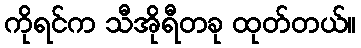
ကိုရင်က သီအိုရီတခု ထုတ်တယ်။